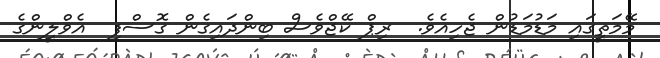
މޭމަތީގައި މަޑުމަޑުން ޖެހިއެވެ.  ރިޕް ކޭޖްވެސް ބިންދައިގެން ގޮސްފި  އެވްލީންގެ